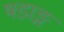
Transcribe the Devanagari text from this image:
षडाङ्ग